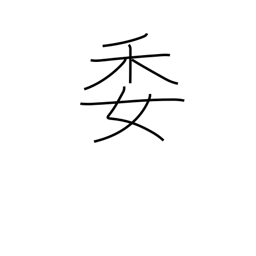
Meaning: committee